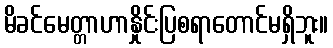
မိခင်မေတ္တာဟာနှိုင်းပြစရာတောင်မရှိဘူး။